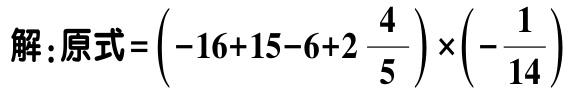
解：原式\(=\left(-16 + 15 - 6 + 2\frac{4}{5}\right)\times\left(-\frac{1}{14}\right)\)